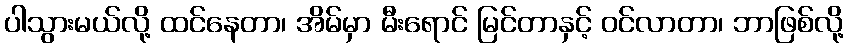
ပါသွားမယ်လို့ ထင်နေတာ၊ အိမ်မှာ မီးရောင် မြင်တာနှင့် ဝင်လာတာ၊ ဘာဖြစ်လို့